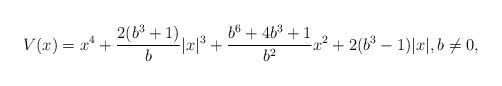
LaTeX: \begin{align*} V(x) = x^4 + \frac{2(b^3+1)}{b} |x|^3 + \frac{b^6 + 4b^3 +1}{b^2} x^2 + 2(b^3-1) |x|, b\ne 0,\end{align*}